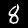
Digit: 8